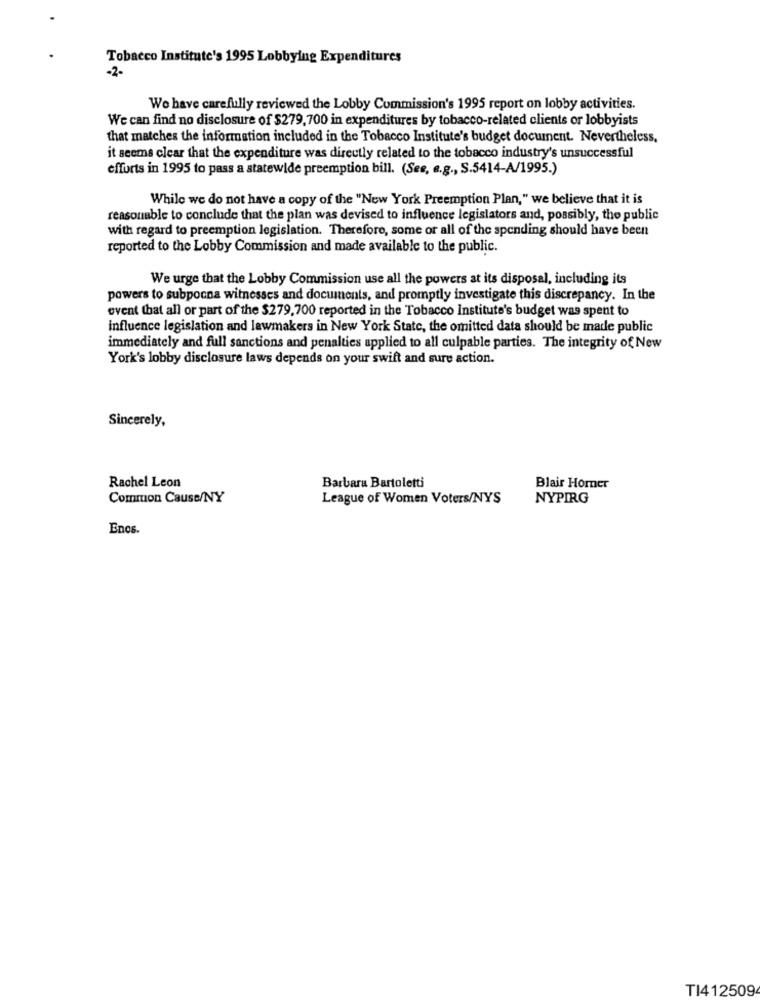
Tobacco Institute's 1995 Lobbying Expenditures
-2-
We have carefully reviewed the Lobby Commission's 1995 report on lobby activities.
We can find no disclosure of $279,700 in expenditures by tobacco-related clients or lobbyists
that matches the information included in the Tobacco Institute's budget document. Nevertheless.
it seems clear that the expenditure was directly related to the tobacco industry's unsuccessful
efforts in 1995 to pass a statewide preemption bill. (See, e.g ., S.5414-A/1995.)
While we do not have a copy of the "New York Preemption Plan, " we believe that it is
reasonable to conclude that the plan was devised to influence legislators and, possibly, the public
with regard to preemption legislation. Therefore, some or all of the spending should have been
reported to the Lobby Commission and made available to the public.
We urge that the Lobby Commission use all the powers at its disposal, including its
powers to subpocna witnesses and documents, and promptly investigate this discrepancy. In the
event that all or part of the $279,700 reported in the Tobacco Institute's budget was spent to
influence legislation and lawmakers in New York State, the omitted data should be made public
immediately and full sanctions and penalties applied to all culpable parties. The integrity of New
York's lobby disclosure laws depends on your swift and sure action.
Sincerely,
Rachel Leon
Barbara Bartoletti
Blair Homer
Common Cause/NY
League of Women Voters/NYS
NYPIRG
Enos.
TI412509